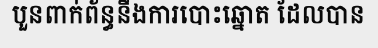
បួនពាក់ព័ន្ធនឹងការបោះឆ្នោត ដែលបាន